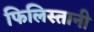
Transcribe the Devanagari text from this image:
फिलिस्तानी